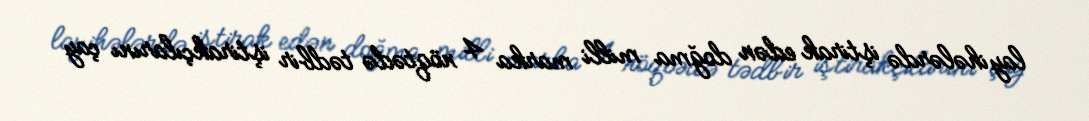
layihələrdə iştirak edən doğma milli marka 4 nöqtədə tədbir iştirakçılarını çay